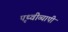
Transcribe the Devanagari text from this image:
पृथ्वीव्यापी